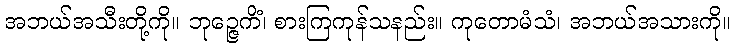
အဘယ်အသီးတို့ကို။ ဘုဉ္ဇေကိံ၊ စားကြကုန်သနည်း။ ကုတောမံသံ၊ အဘယ်အသားကို။